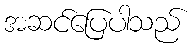
အဆင်ပြေပါသည်